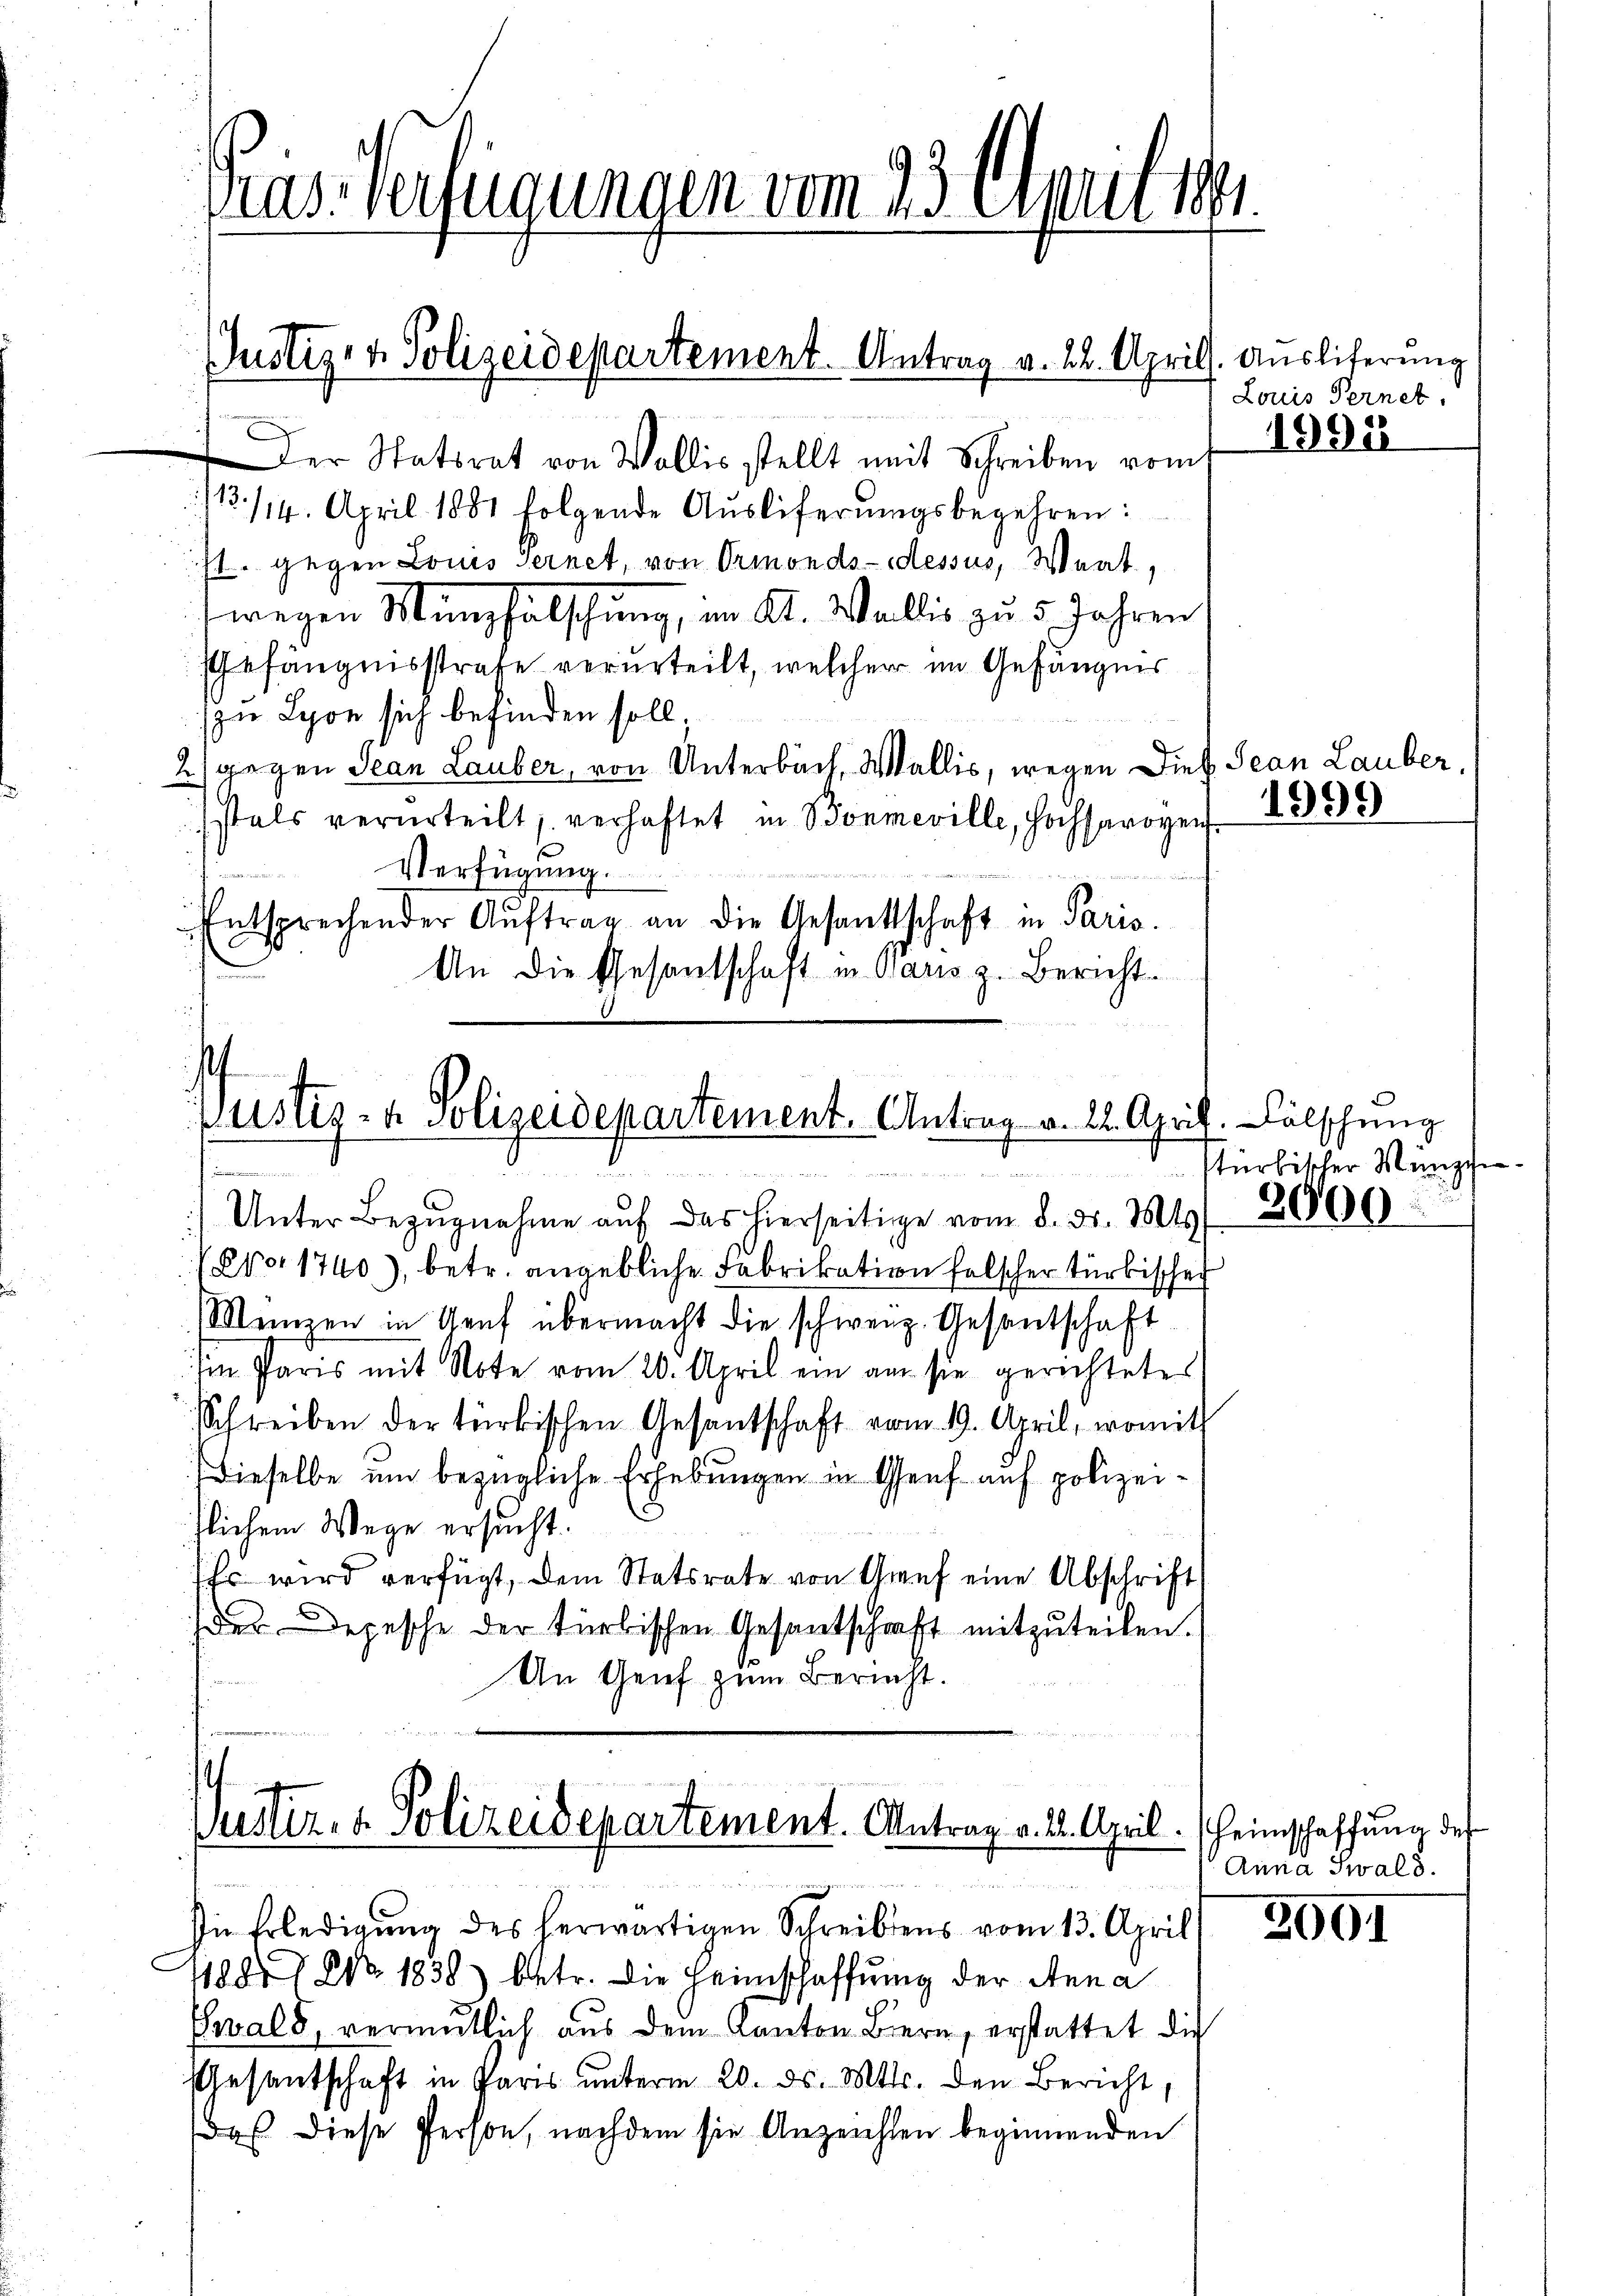
Der Statsrat von Wallis stellt mit Schreiben romt
13./14. April 1881 folgende Auslieferungsbegehren:
st. gegen Louis fernet, von Ormond-dessus, Wert,
wegen Münzfälschung, im Kt. Wallis zu 5 Jahren
Gefängnisstrafe verurteilt, welcher im Gefängnis
u Lyon sich befinden soll.
2) gegen Jean Lauber, von Unterbuch, Wallis, wegen Dieß Jean Lauber,
stals verurteilt, verhaftet in Bonmeville, Hochsaroyer 189
Verfügung.
Entsprechender Aŭftrag an die Gesandtschaft in Paris.
u
An die Gesantschaft in Baris z. Bericht.

Pras Verfügungen vom 23. April 1861.

Justiz- & Polizeidepartement. Antrag v. 22. April

) Unter Bezŭgnahme aŭf das hierseitige vom 8. ds. Mts

Justiz- & Polizeidepartement. Antrag v. 12. Apri
Ferien . .

p 1740), betr. angebliche Fabrikation falscher Türbischer
Meinzen in Genf übermacht die schweiz. Gesantschaft
Im Paris mit Note vom 20. April ein am sie gerichtetes
Schreiben der türkischen Gesantschaft vom 19. April, womit
dieselbe um bezügliche Erhebungen in Genf auf polizeitlichem Wege ersucht.
sehr wird verfügt, dem Statsrate von Grauf eine Abschrift
der Depesche der türkischen Gesantschaft mitzuteilen.
An Genf zum Bericht.

Justiz- & Polizeidepartement. Antrag a. 1. April.
In Erledigŭng des herwärtigen Schreibens vom 13. April

1190, I NNo. 1838) betr. die Heimschaffung der Anna
Ewald, vermutlich aus dem Kanton Bern, erstattet dich
Gesantschaft in Paris ŭnterm 20. ds. Mts. den Bericht.
dos diese Person, nachdem sie Anzeichten beginnenden

Ausliferung
Louis Fernet.

1991

h. Fälschung
stürbischer Münzche

2000

2001

heimschaffung des
Anna Zwald.